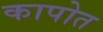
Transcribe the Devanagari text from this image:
कापोत